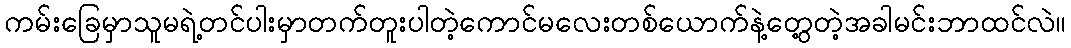
ကမ်းခြေမှာသူမရဲ့တင်ပါးမှာတက်တူးပါတဲ့ကောင်မလေးတစ်ယောက်နဲ့တွေ့တဲ့အခါမင်းဘာထင်လဲ။